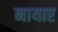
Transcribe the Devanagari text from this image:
नायार